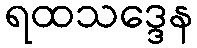
ရထသဒ္ဒေန